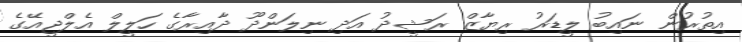
އިތުރުން ނައިބު ލީޑަރު ރިޔާޒް ރަޝީދު އަދި ނިލަންދޫ ދާއިރާގެ ހަލީލް އެލްޖީއޭގެ